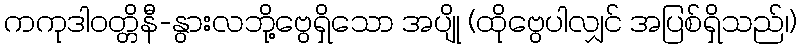
ကကုဒါဝတ္တိနီ-နွားလဘို့ဗွေရှိသော အပျို (ထိုဗွေပါလျှင် အပြစ်ရှိသည်၊)